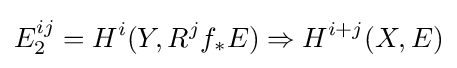
E_{2}^{ij}=H^{i}(Y,R^{j}f_{*}E)\Rightarrow H^{i+j}(X,E)